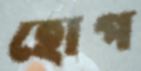
হোপ